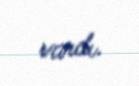
vardı.